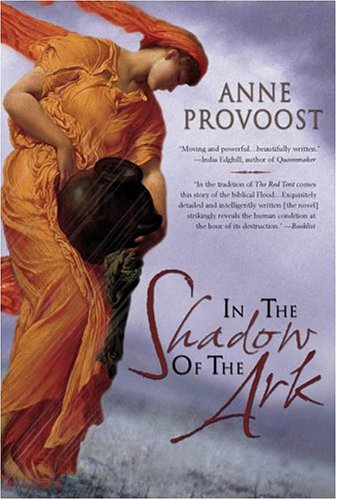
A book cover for In the Shadow of the Ark; Anne Provoost; Christian Books & Bibles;